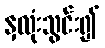
နှလုံးသွင်း၍